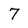
Character: 7